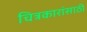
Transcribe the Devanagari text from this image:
चित्रकारांसाठी